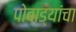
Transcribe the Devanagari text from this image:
पोवाड्यांचा